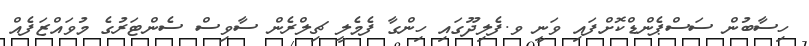
ހިސާބުން ސަސްޕެންޑްކޮށްފައި ވަނީ ވ.ފެލިދޫގައި ހިންގާ ފެމެލީ ޗިލްރެން ސާވިސް ސެންޓަރުުގެ މުވައްޒަފެއް